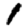
Digit: 1